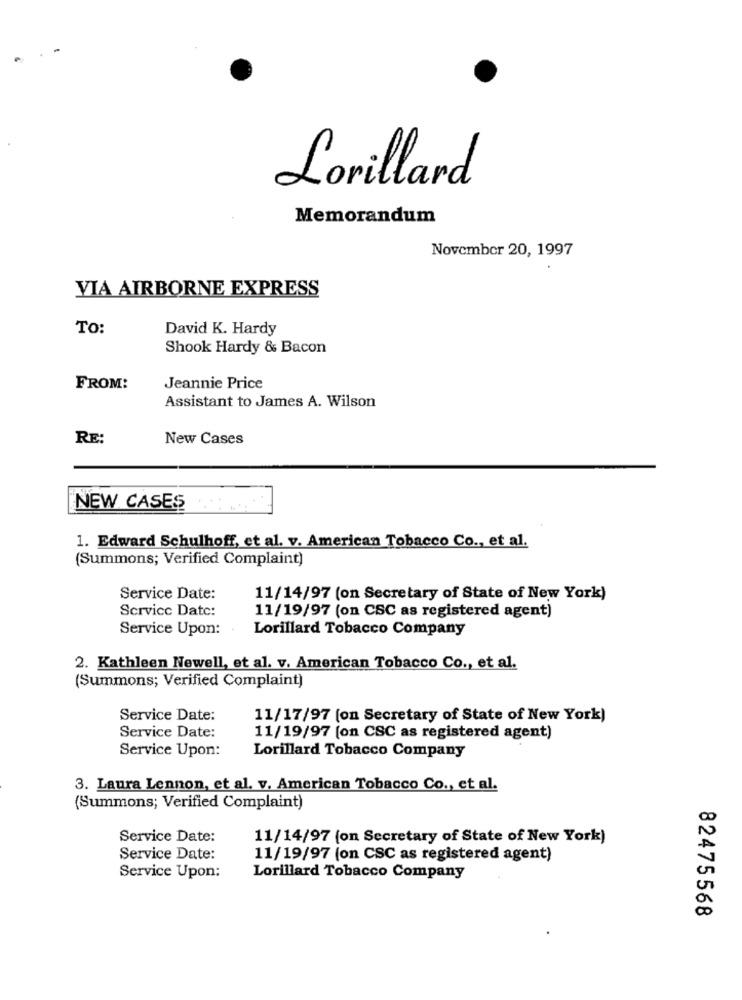
Lorillard
Memorandum
November 20, 1997
VIA AIRBORNE EXPRESS
TO:
David K. Hardy
Shook Hardy & Bacon
FROM:
Jeannie Price
Assistant to James A. Wilson
RE:
New Cases
NEW CASES
1. Edward Schulhoff, et al. v. American Tobacco Co ., et al.
(Summons; Verified Complaint)
Service Date:
11/14/97 (on Secretary of State of New York)
Service Date:
11/19/97 (on CSC as registered agent)
Service Upon:
Lorillard Tobacco Company
2. Kathleen Newell, et al. v. American Tobacco Co ., et al.
(Summons; Verified Complaint)
Service Date:
11/17/97 (on Secretary of State of New York)
Service Date:
11/19/97 (on CSC as registered agent)
Service Upon:
Lorillard Tobacco Company
3. Laura Lennon, et al. v. American Tobacco Co ., et al.
(Summons; Verified Complaint)
Service Date:
11/14/97 (on Secretary of State of New York)
Service Date:
11/19/97 (on CSC as registered agent)
Service Upon:
Lorillard Tobacco Company
82475568